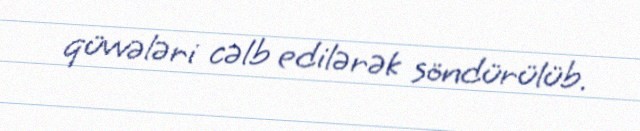
qüvvələri cəlb edilərək söndürülüb.